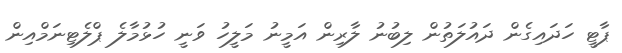
ޕާޓީ ހަދައިގެެން ދައުލަތުން ލިބުނު ލާރިން އަމީނު މަލީހު ވަނީ ހުޅުމާލެ ޕްލެޓިނަމްއިން